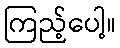
ကြည့်ပေါ့။